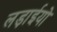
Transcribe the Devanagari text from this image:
लड़ाईयो